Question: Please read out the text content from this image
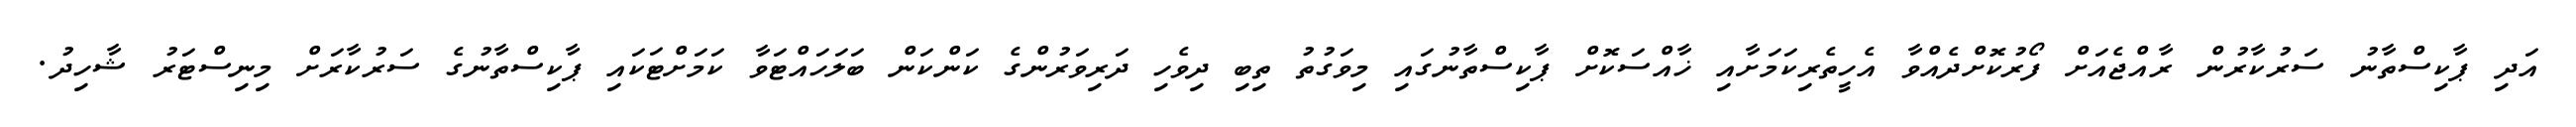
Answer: އަދި ޕާކިސްތާނު ސަރުކާރުން ރާއްޖެއަށް ފޯރުކޮށްދެއްވާ އެހީތެރިކަމަށާއި ޚާއްސަކޮށް ޕާކިސްތާނުގައި މިވަގުތު ތިބި ދިވެހި ދަރިވަރުންގެ ކަންކަން ބަލަހައްޓަވާ ކަމަށްޓަކައި ޕާކިސްތާނުގެ ސަރުކާރަށް މިނިސްޓަރު ޝާހިދު.